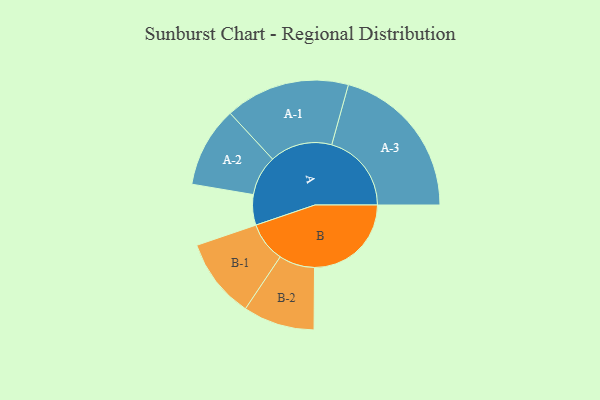
{"axis": {"x": "Segment", "y": "Value"}, "legend": ["", "A", "B"], "data": [{"x": "A", "y": 114, "type": ""}, {"x": "B", "y": 363, "type": ""}, {"x": "A-1", "y": 234, "type": "A"}, {"x": "A-2", "y": 151, "type": "A"}, {"x": "A-3", "y": 299, "type": "A"}, {"x": "B-1", "y": 150, "type": "B"}, {"x": "B-2", "y": 134, "type": "B"}]}